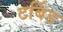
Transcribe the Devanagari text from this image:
टर्बिड